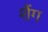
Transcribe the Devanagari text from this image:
शैंग